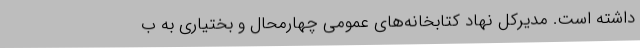
داشته است. مدیرکل نهاد کتابخانه‌های عمومی چهارمحال و بختیاری به ب